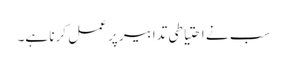
سب نے احتیاطی تدابیر پر عمل کرنا ہے۔